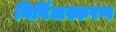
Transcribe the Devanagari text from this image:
निर्बिअश्करण